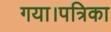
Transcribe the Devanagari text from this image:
गया।पत्रिका